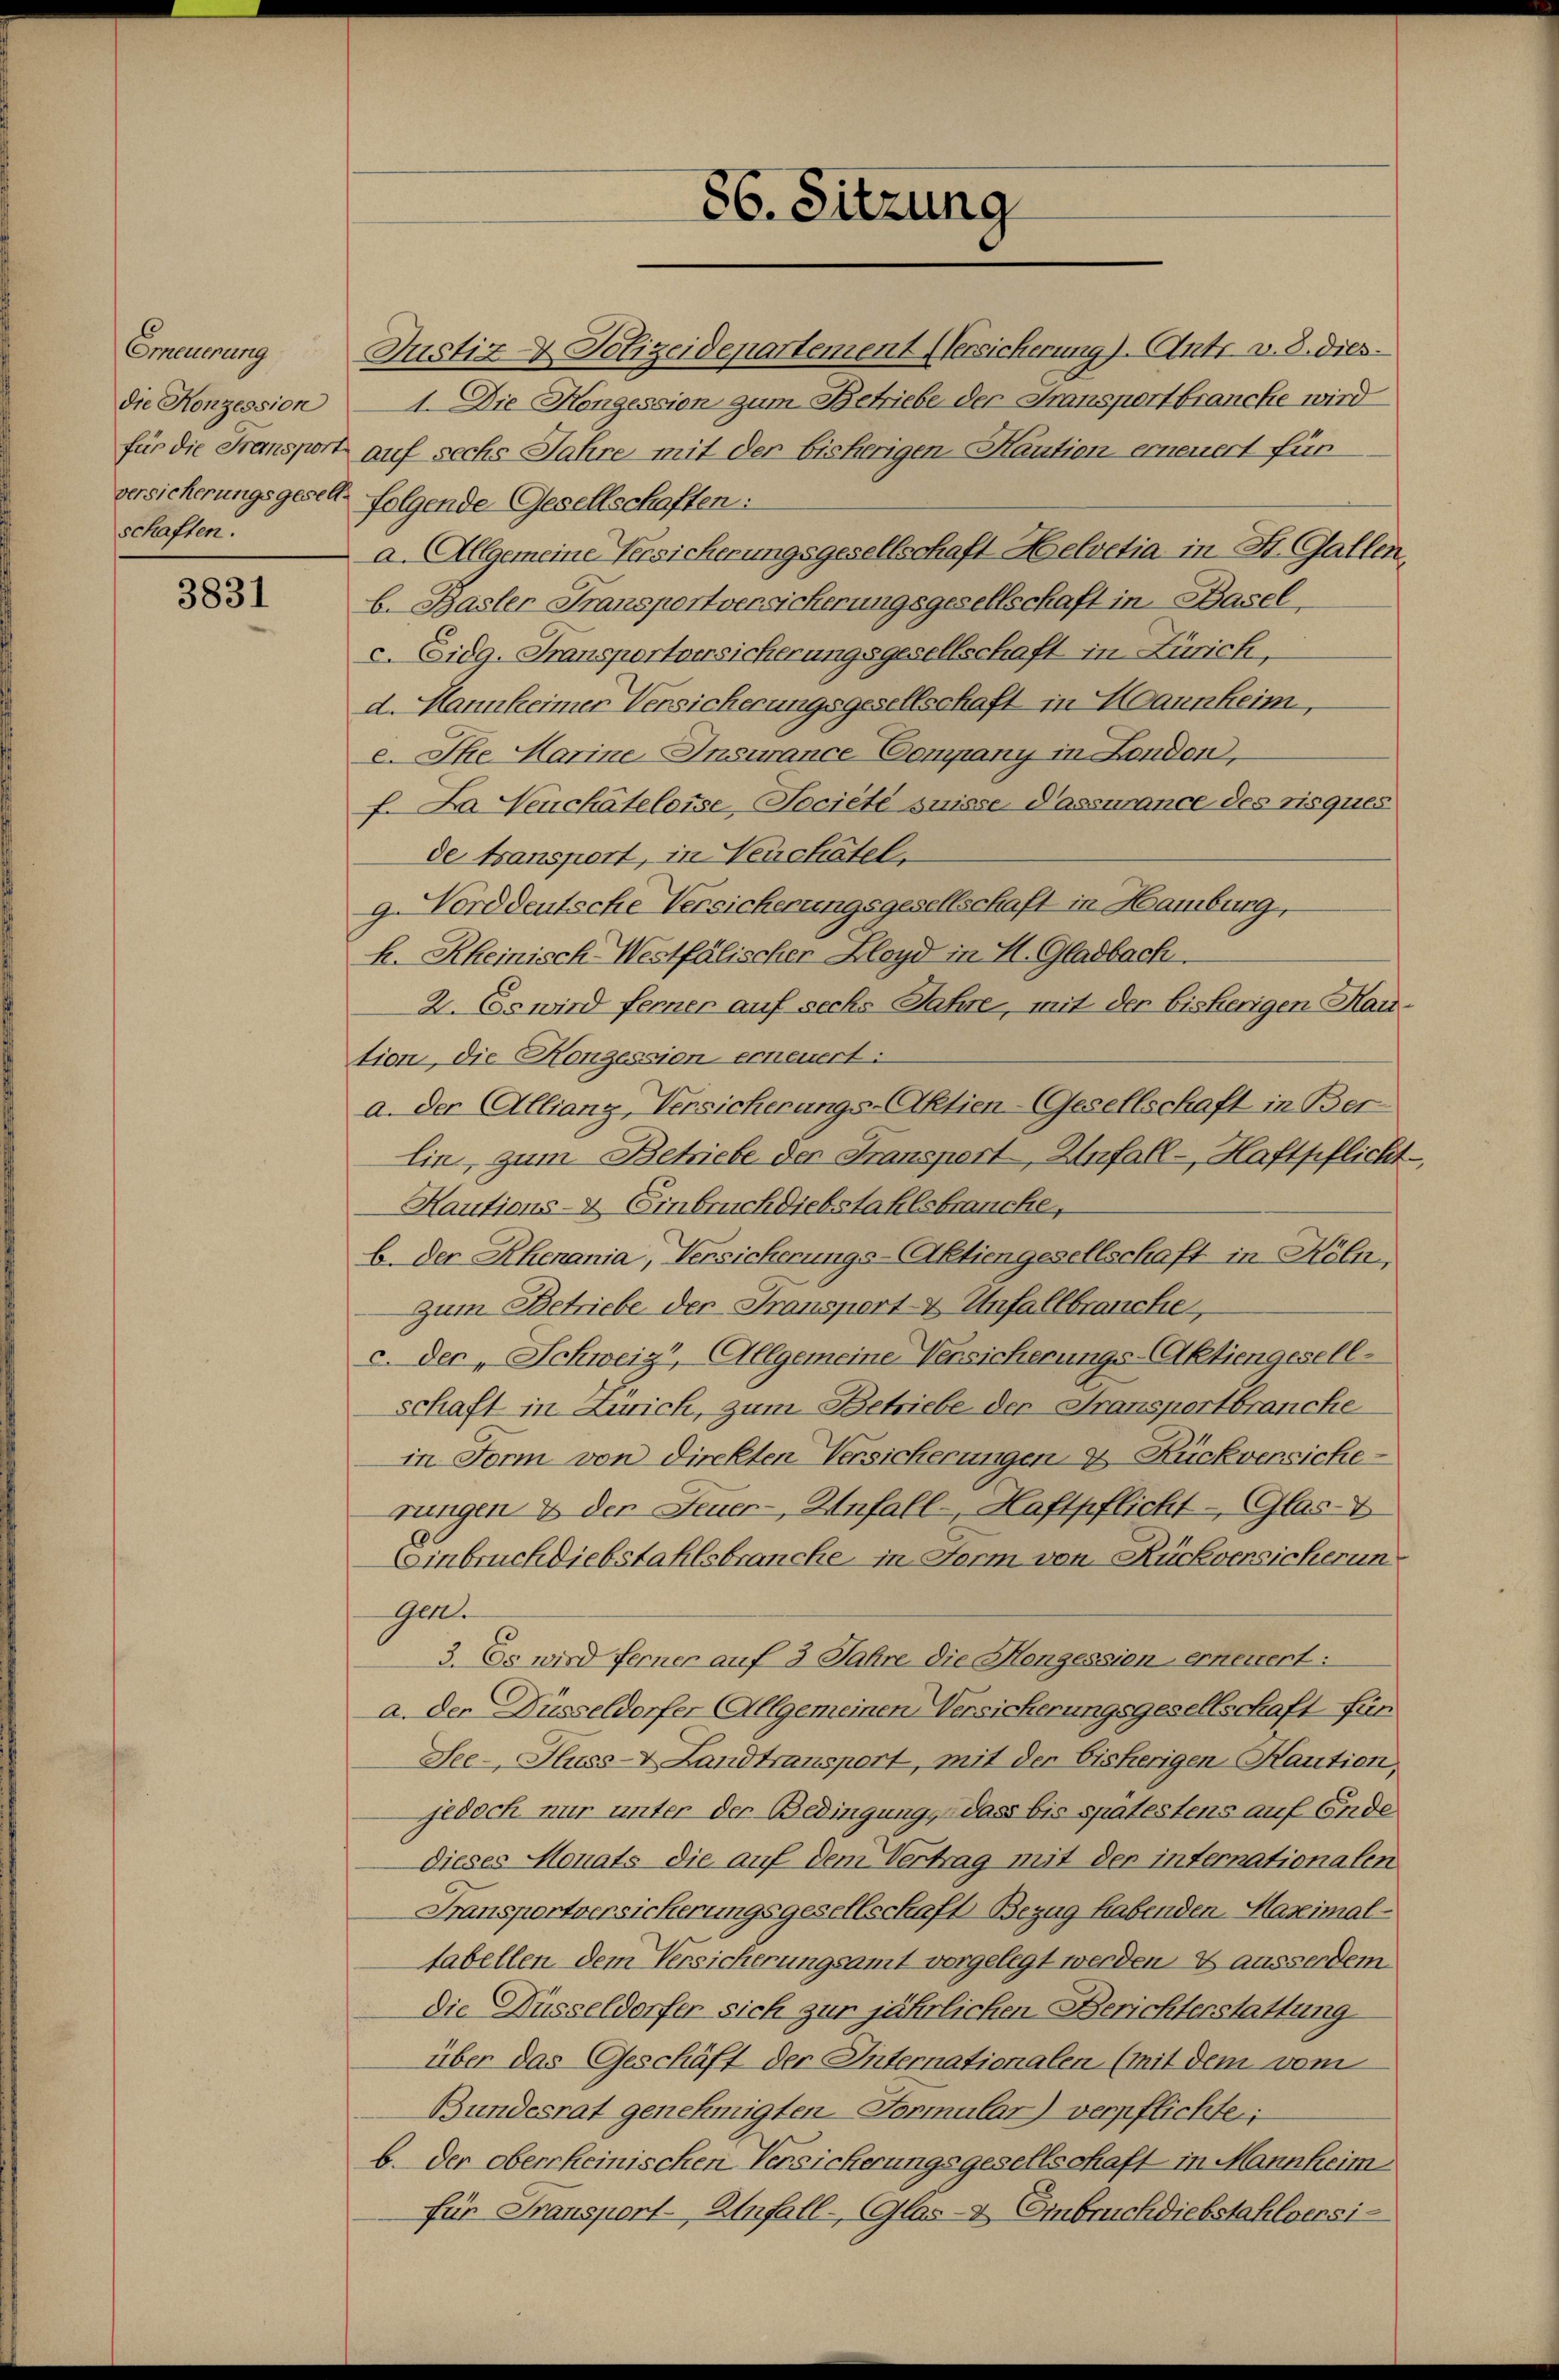
Erneuerung
die Konzession
für die Fransport
versicherungsgeset
schaften.

3831

Justiz - Polizeidepartement (ersicherung). Antr. v. 8. dies
1. Die Kongession zum Betriebe der Fransportbrancke wird
auf sechs Jahre mit der bisherigen Kaution erneuert für
folgende Gesellschaften:
a. Allgemeine Versicherungsgesellschaft Helvetia in St. Gallen
b. Basler Fransportversicherungsgesellschaft in Basel
c. Eidg. Transportversicherungsgesellschaft in Zürich,
d. Hannkeimer Versicherungsgesellschaft in Haunheim,
e. Ihe Marine Insurance Company in London,
f. Da Heuchâteleise Societe suisse d’assurance des risques
de transport, in Neuchâtel,
g. Norddeutsche Versicherungsgesellschaft in Hamburg,
k. Rheinisch-Westfälischer Lloyd in H. Gladbach.
2. Es wird ferner auf sechs Jahre, mit der bisherigen Hau
tion, die Konzession erneuert:
a. der Allianz, Versicherungs-Aktien-Gesellschaft in Ber
Ein, zum Betriebe der Fransport Anfall - Haftpfliche
Hautions- & Einbruch diebstahlsbrauche,
b. Der Rhenania, Versicherungs-Aktiengesellschaft in Köln,
zum Betriebe der Transport- & Unfallbrauche,
c. Der „Schweiz, Allgemeine Versicherungs-Aktiengesell-
schaft in Zürich, zum Betriebe der Fransportbranche
in Form von direkten Versicherungen & Rückversiche
rungen & der Feuer-, Anfall - Haftpflicht - Glas
Einbruchdiebstahlsbranche in Form von Rückversicherun
gen.
3. Es wird ferner auf 3 Jahre die Mengessien- erneuert:
a. der Düsseldorfer Allgemeinen Versicherungsgesellschaft für
See- Huss-V. Landtransport, mit der bisherigen Kaution,
jedoch nur unter der Bedingung, dass bis spätestens auf Ende
dieses Monats die auf dem Vertrag mit der internationalen
Fransportversicherungsgesellschaft Bezug habenden Maseimal-
tabellen dem Versicherungsamt vorgelegt werden & ausserdem
Die Nüsseldorfer sich zur jährlichen Berichterstattung
über das Geschäft der Internationalen (mit dem vom
Bundesrat genehmigten Formular) verpflichte;
b. Der oberrheinischen Versicherungsgesellschaft in Mannheim
für Fransport- Anfall - Glas- & Einbruch diebstahlversi-

86. Sitzung